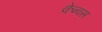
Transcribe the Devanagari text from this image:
केन्वस